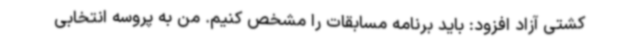
کشتی آزاد افزود: باید برنامه مسابقات را مشخص کنیم. من به پروسه انتخابی